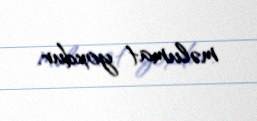
məlumat yoxdur.